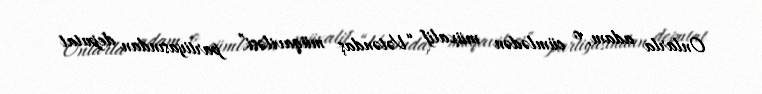
Onlarla adam, o cümlədən müxalif “Vətəndaş müqaviləsi” partiyasından deputat